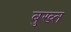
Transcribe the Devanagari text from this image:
बुख्त